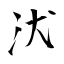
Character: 汱